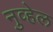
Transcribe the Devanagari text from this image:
नुव्हेल